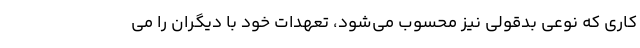
کاری که نوعی بدقولی نیز محسوب می‌شود، تعهدات خود با دیگران را می‌